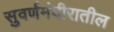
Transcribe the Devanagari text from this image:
सुवर्णमंदीरातील